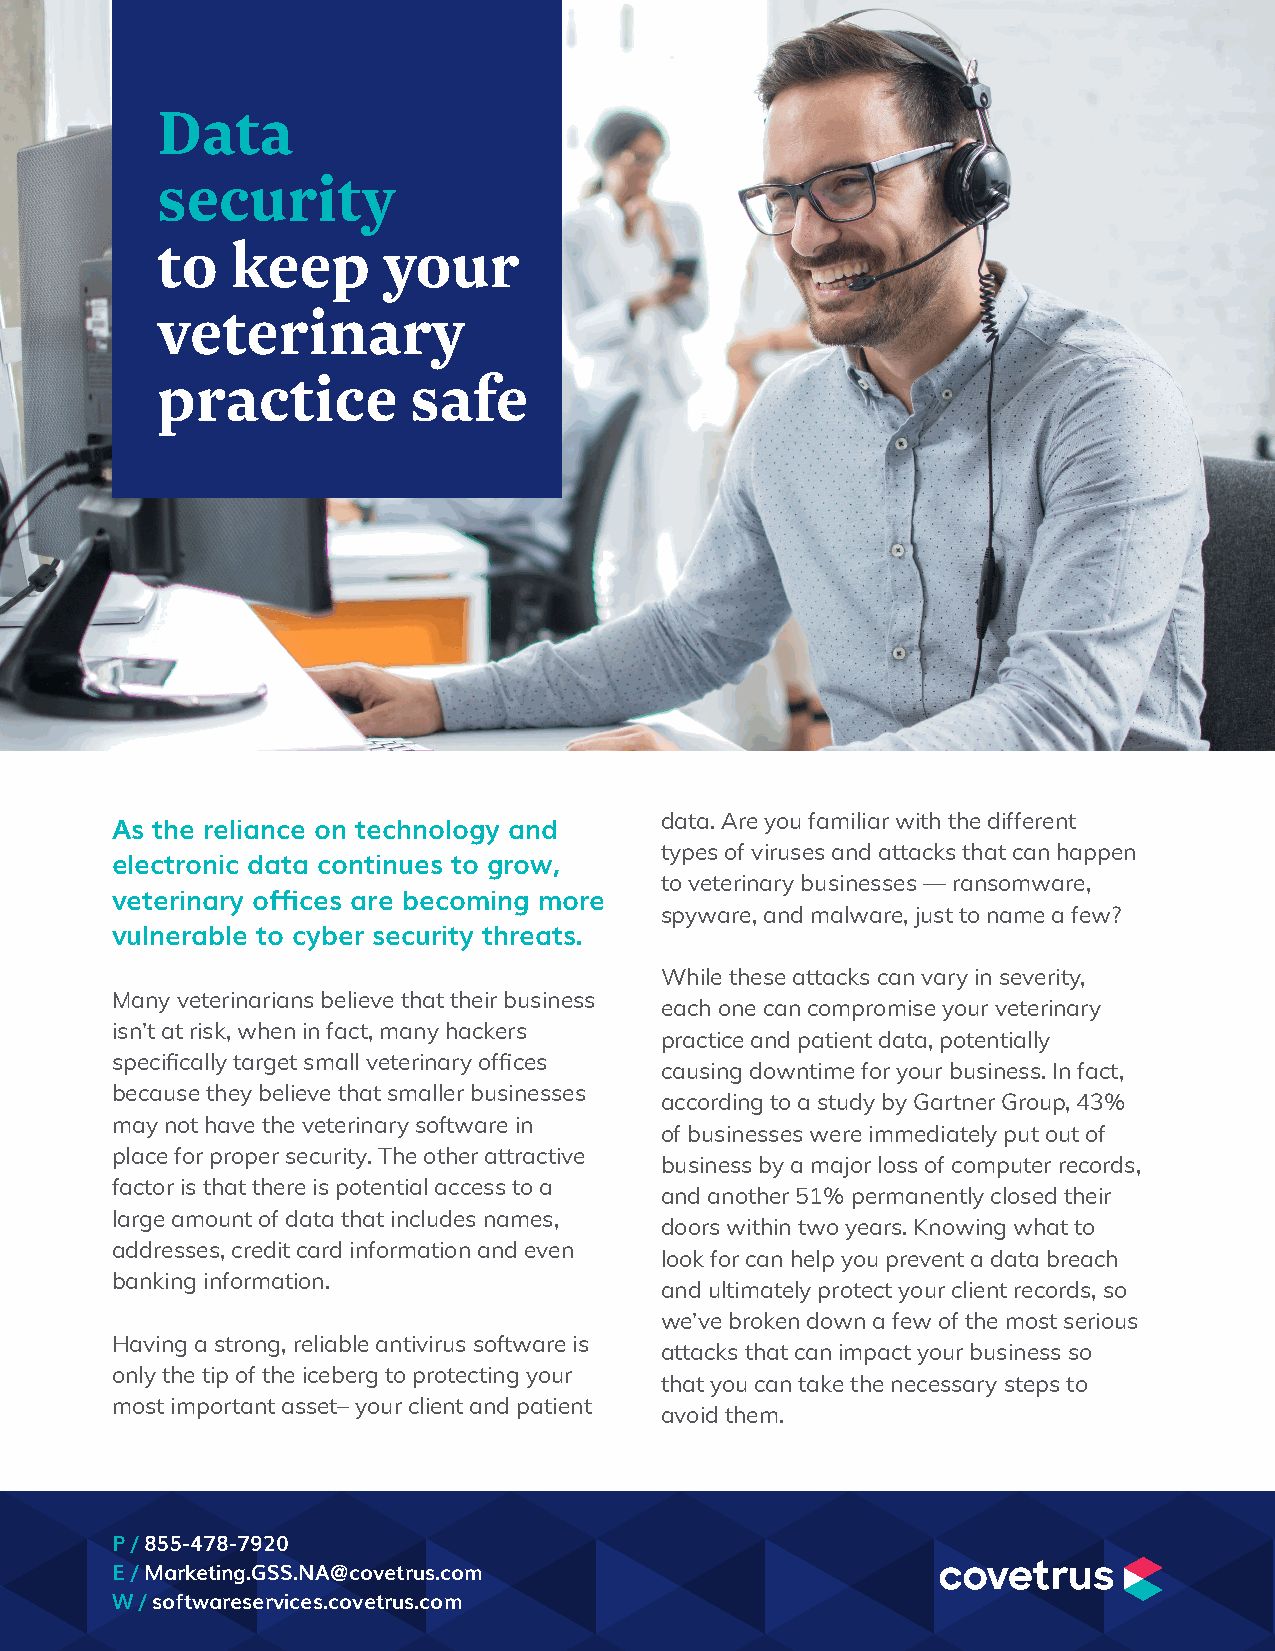
Data
 security
 to   keep      your
 veterinary
 practice         safe
 data. Are you familiar with the different
 As the reliance on technology and
 types of viruses and attacks that can happen
 electronic data continues to grow,
 to veterinary businesses — ransomware,
 veterinary offices are becoming more
 spyware, and malware, just to name a few?
 vulnerable to cyber security threats.
 While these attacks can vary in severity,
 Many veterinarians believe that their business
 each one can compromise your veterinary
 isn’t at risk, when in fact, many hackers
 practice and patient data, potentially
 specifically target small veterinary offices
 causing downtime for your business. In fact,
 because they believe that smaller businesses
 according to a study by Gartner Group, 43%
 may not have the veterinary software in
 of businesses were immediately put out of
 place for proper security. The other attractive
 business by a major loss of computer records,
 factor is that there is potential access to a
 and another 51% permanently closed their
 large amount of data that includes names,
 doors within two years. Knowing what to
 addresses, credit card information and even
 look for can help you prevent a data breach
 banking information.
 and ultimately protect your client records, so
 we’ve broken down a few of the most serious
 Having a strong, reliable antivirus software is
 attacks that can impact your business so
 only the tip of the iceberg to protecting your
 that you can take the necessary steps to
 most important asset– your client and patient
 avoid them.
 P / 855-478-7920
 E / Marketing.GSS.NA@covetrus.com
 W / softwareservices.covetrus.com